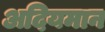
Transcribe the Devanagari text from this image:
अदियमान